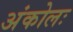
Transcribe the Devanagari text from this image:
अंकोलः